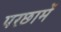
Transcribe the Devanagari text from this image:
परछामें